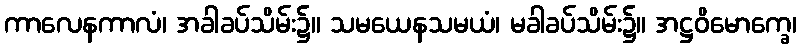
ကာလေနကာလံ၊ အခါခပ်သိမ်း၌။ သမယေနသမယံ၊ မခါခပ်သိမ်း၌။ အဋ္ဌဝိမောက္ခေ၊